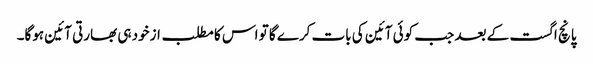
پانچ اگست کے بعد جب کوئی آئین کی بات کرے گا تو اس کا مطلب ازخود ہی بھارتی آئین ہوگا۔